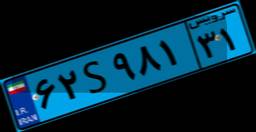
۶۲S۹۸۱۳۱